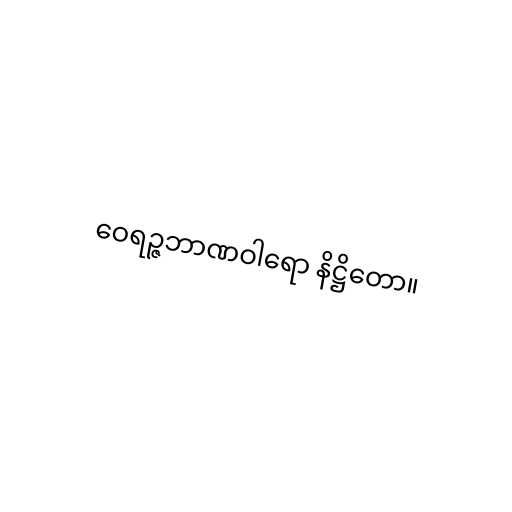
ဝေရဉ္ဇဘာဏဝါရော နိဋ္ဌိတော။